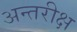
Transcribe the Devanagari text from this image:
अन्तरीक्ष